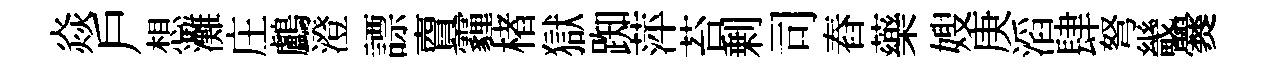
焱戶想灘庄鸕澄謤𧶠霾楮獄踟萍苔剰司舂藥嫂庚滔肆弩畿爨